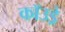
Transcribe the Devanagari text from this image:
कॉउड्रे